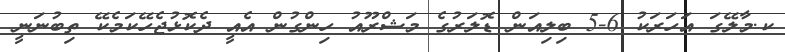
ކ.މާލޭގަ އަހަރަކު 6-5 ބިލިއަން ޑޮލަރުގެ މަޝްރޫއު ހިންގުން އެއީ ދެކޮޅުޖެހޭކަމެކޭ ތިބުނަނީ